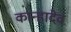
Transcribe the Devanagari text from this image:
कान्हादेव